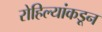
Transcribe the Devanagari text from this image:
रोहिल्यांकडून